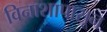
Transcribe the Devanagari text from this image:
विनाशापासून